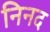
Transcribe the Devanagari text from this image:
निनद